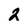
Character: 2